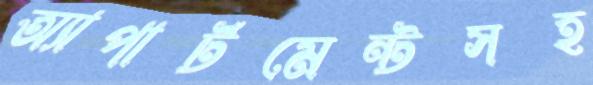
অ্যাপার্টমেন্টসহ